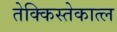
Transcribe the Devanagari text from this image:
तेक्किस्तेकात्ल